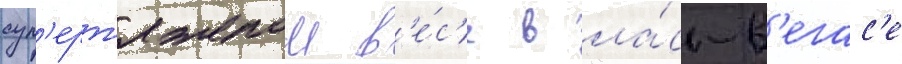
суп'ерт'яжелом в'е́с'е в ла́с-в'егас'е